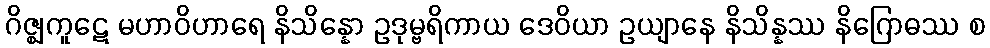
ဂိဇ္ဈကူဋေ မဟာဝိဟာရေ နိသိန္နော ဥဒုမ္ဗရိကာယ ဒေဝိယာ ဥယျာနေ နိသိန္နဿ နိဂြောဓဿ စ